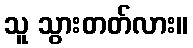
သူ သွားတတ်လား။